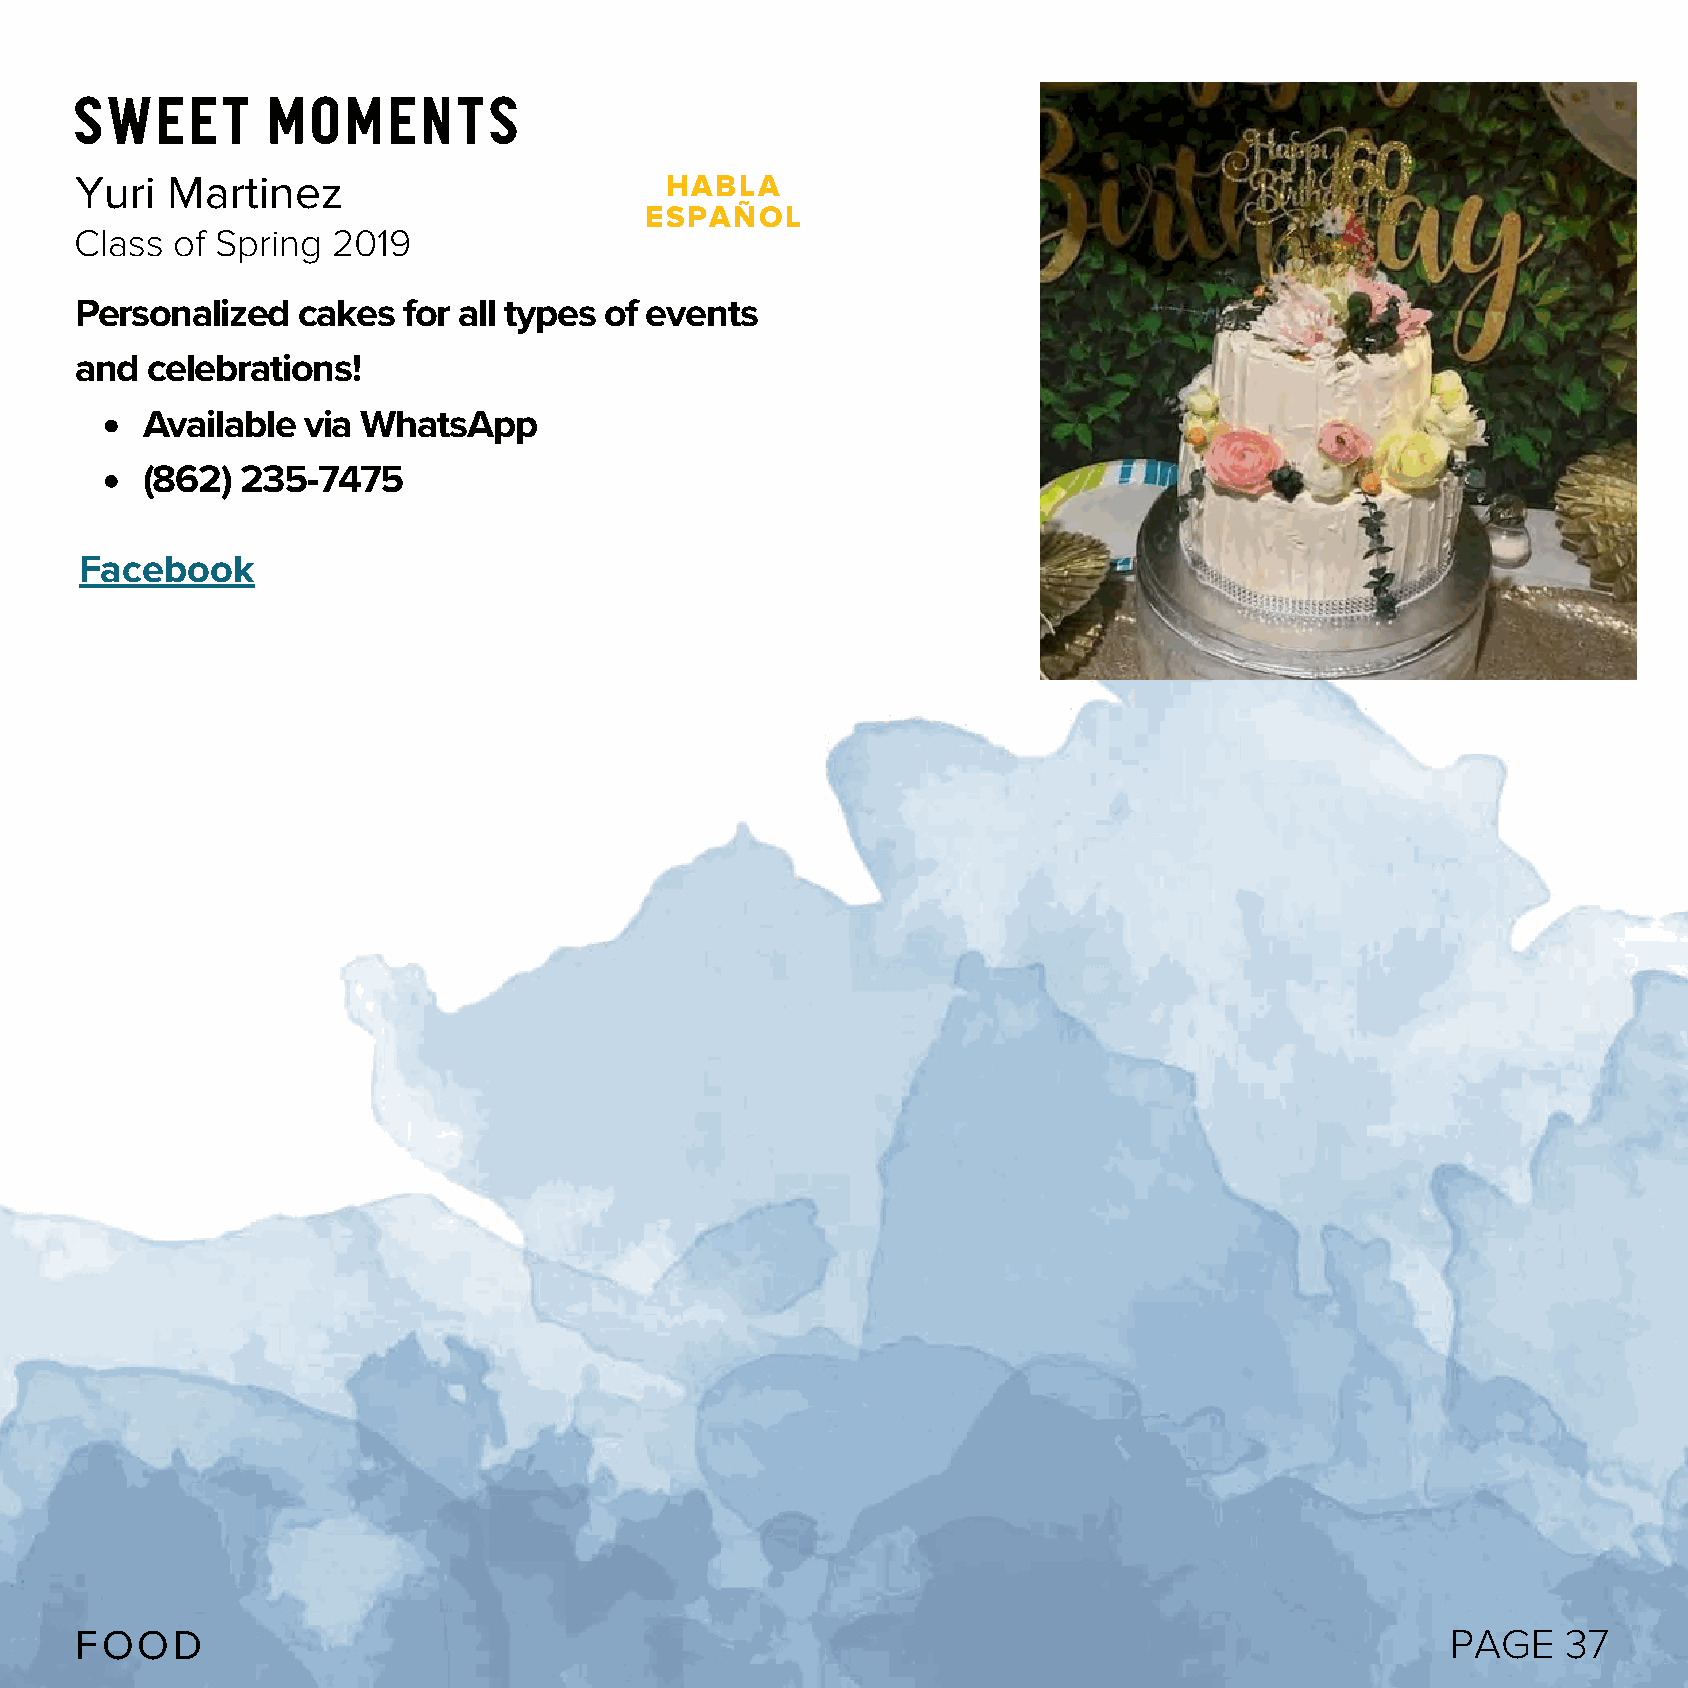
Sweet        Moments
 Yuri  Martinez                         HABLA
 ESPAÑOL
 Class of Spring  2019
 Personalized   cakes  for all types of events
 and  celebrations!
 Available  via WhatsApp
 (862)  235-7475
 Facebook
 FOOD                                                                                       PAGE    37